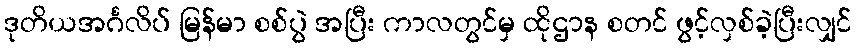
ဒုတိယအင်္ဂလိပ် မြန်မာ စစ်ပွဲ အပြီး ကာလတွင်မှ ထိုဌာန စတင် ဖွင့်လှစ်ခဲ့ပြီးလျှင်